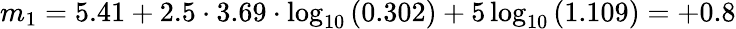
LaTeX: m_{1}=5.41+2.5\cdot 3.69\cdot\log_{10}{\left(0.302\right)}+5\log_{10}{\left(1.109\right)}=+0.8